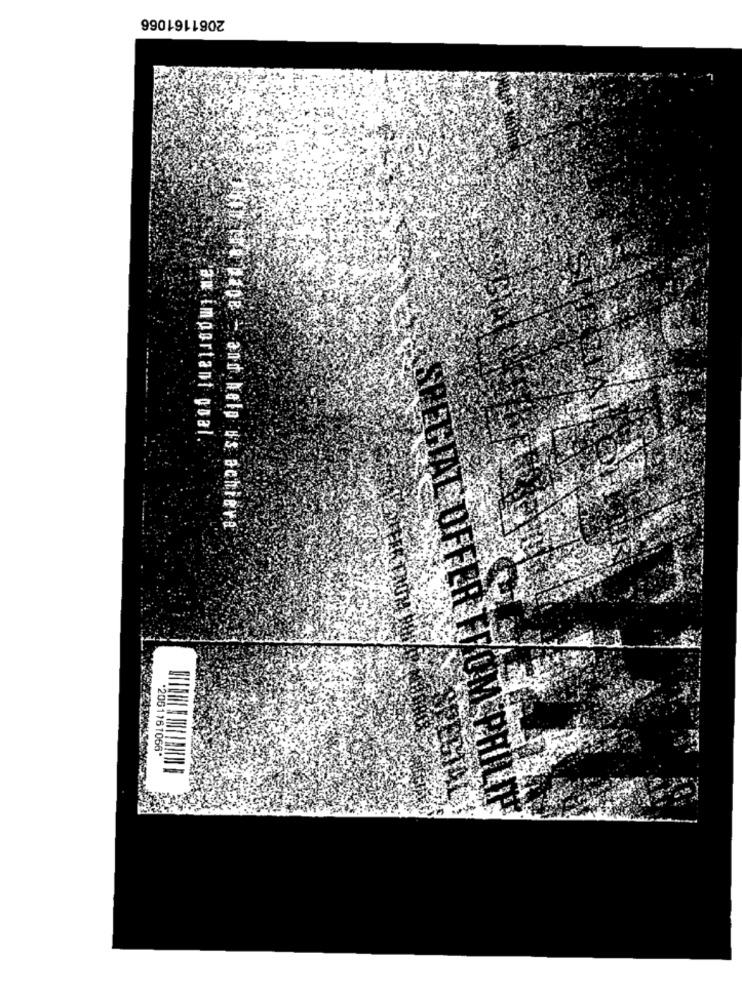
2061161066
aw important goal.
Fa pipe - and help us achieva
ECIAL OFFER FROM I
2051161066*